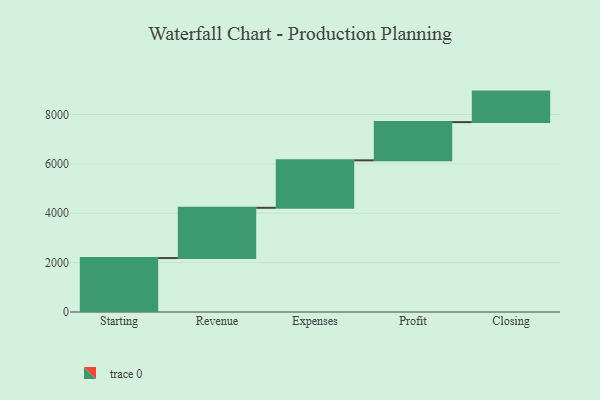
{"axis": {"x": "Step", "y": "Value"}, "legend": [""], "data": [{"x": "Starting", "y": 2186.0, "type": ""}, {"x": "Revenue", "y": 2035.0, "type": ""}, {"x": "Expenses", "y": 1923.0, "type": ""}, {"x": "Profit", "y": 1548.0, "type": ""}, {"x": "Closing", "y": 1236.0, "type": ""}]}